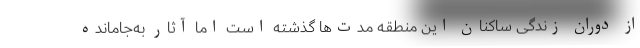
از دوران زندگی ساکنان این منطقه مدت‌ها گذشته است اما آثار به‌جامانده